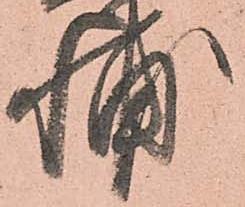
輔